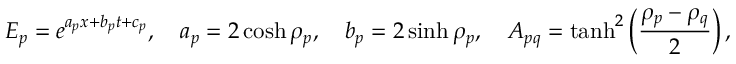
E _ { p } = e ^ { a _ { p } x + b _ { p } t + c _ { p } } , \quad a _ { p } = 2 \cosh \rho _ { p } , \quad b _ { p } = 2 \sinh \rho _ { p } , \quad A _ { p q } = \operatorname { t a n h } ^ { 2 } \left( \frac { \rho _ { p } - \rho _ { q } } { 2 } \right) ,